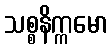
သစ္စနိက္ကမော